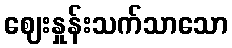
ဈေးနှုန်းသက်သာသော